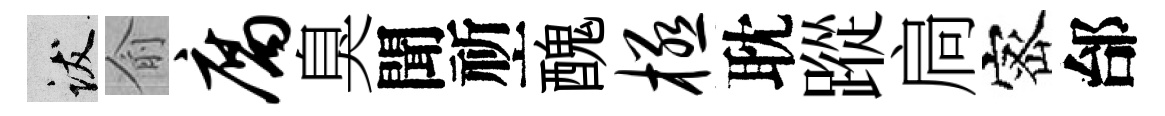
跋俞腐臭聞祈醜极耽蹤扃宻邰